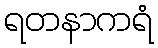
ရတနာကရံ